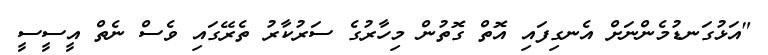
"އަޅުގަނޑުމެންނަށް އެނގިފައި އޮތް ގޮތުން މިހާރުގެ ސަރުކާރު ތެރޭގައި ވެސް ނެތް އީސީސީ